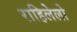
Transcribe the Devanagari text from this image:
राहिलेलो